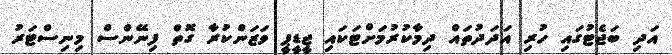
އަދި ބަޖެޓުގައި ހުރި އަދަދުތައް ދިމާކުރުމަށްޓަކައި ޖީޑީޕީ ވަޒަންކުރާ ގޮތް ފިނޭންސް މިނިސްޓަރު